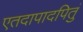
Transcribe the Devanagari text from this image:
एतदापादपितुं